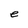
Character: e